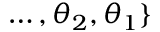
\dots , \theta _ { 2 } , \theta _ { 1 } \}